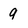
Character: 9